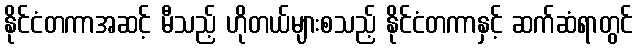
နိုင်ငံတကာအဆင့် မီသည့် ဟိုတယ်များစသည့် နိုင်ငံတကာနှင့် ဆက်ဆံရာတွင်